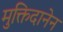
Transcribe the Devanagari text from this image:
मुक्तिदानेन